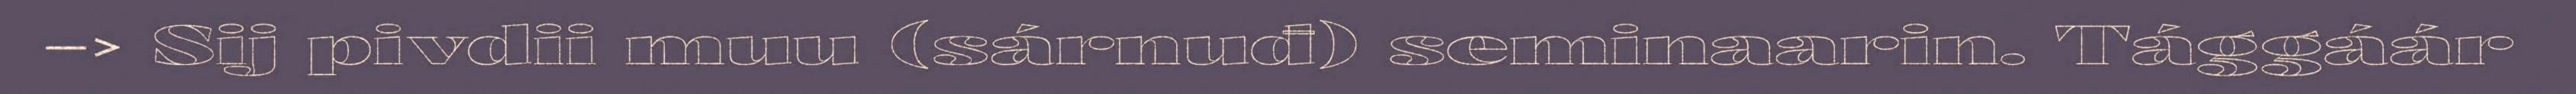
–> Sij pivdii muu (sárnuđ) seminaarin. Tággáár